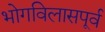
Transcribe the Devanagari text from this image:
भोगविलासपूर्व